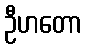
ဦဟတော